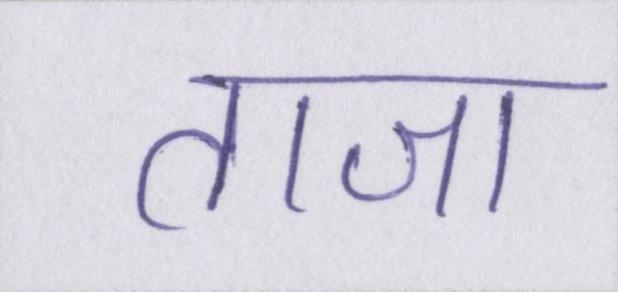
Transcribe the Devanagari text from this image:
ताजा